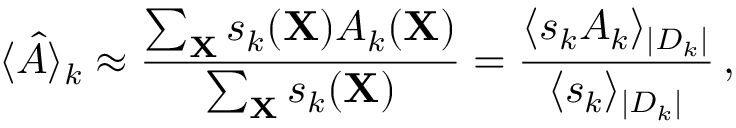
\langle \hat { A } \rangle _ { k } \approx \frac { \sum _ { \mathbf X } s _ { k } ( { \mathbf X } ) A _ { k } ( { \mathbf X } ) } { \sum _ { \mathbf X } s _ { k } ( { \mathbf X } ) } = \frac { \langle s _ { k } A _ { k } \rangle _ { | D _ { k } | } } { \langle s _ { k } \rangle _ { | D _ { k } | } } \, ,